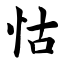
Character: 怙